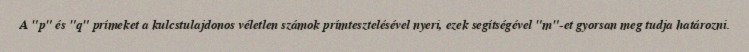
A "p" és "q" prímeket a kulcstulajdonos véletlen számok prímtesztelésével nyeri, ezek segítségével "m"-et gyorsan meg tudja határozni.